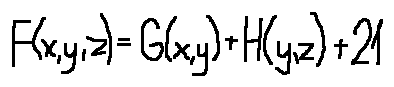
F ( x , y , z ) = G ( x , y ) + H ( y , z ) + 2 1